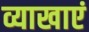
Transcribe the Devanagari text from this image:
व्याखाएं